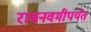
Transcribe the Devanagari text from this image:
रामनवमीपर्यंत